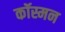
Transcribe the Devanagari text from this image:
कॉस्मन